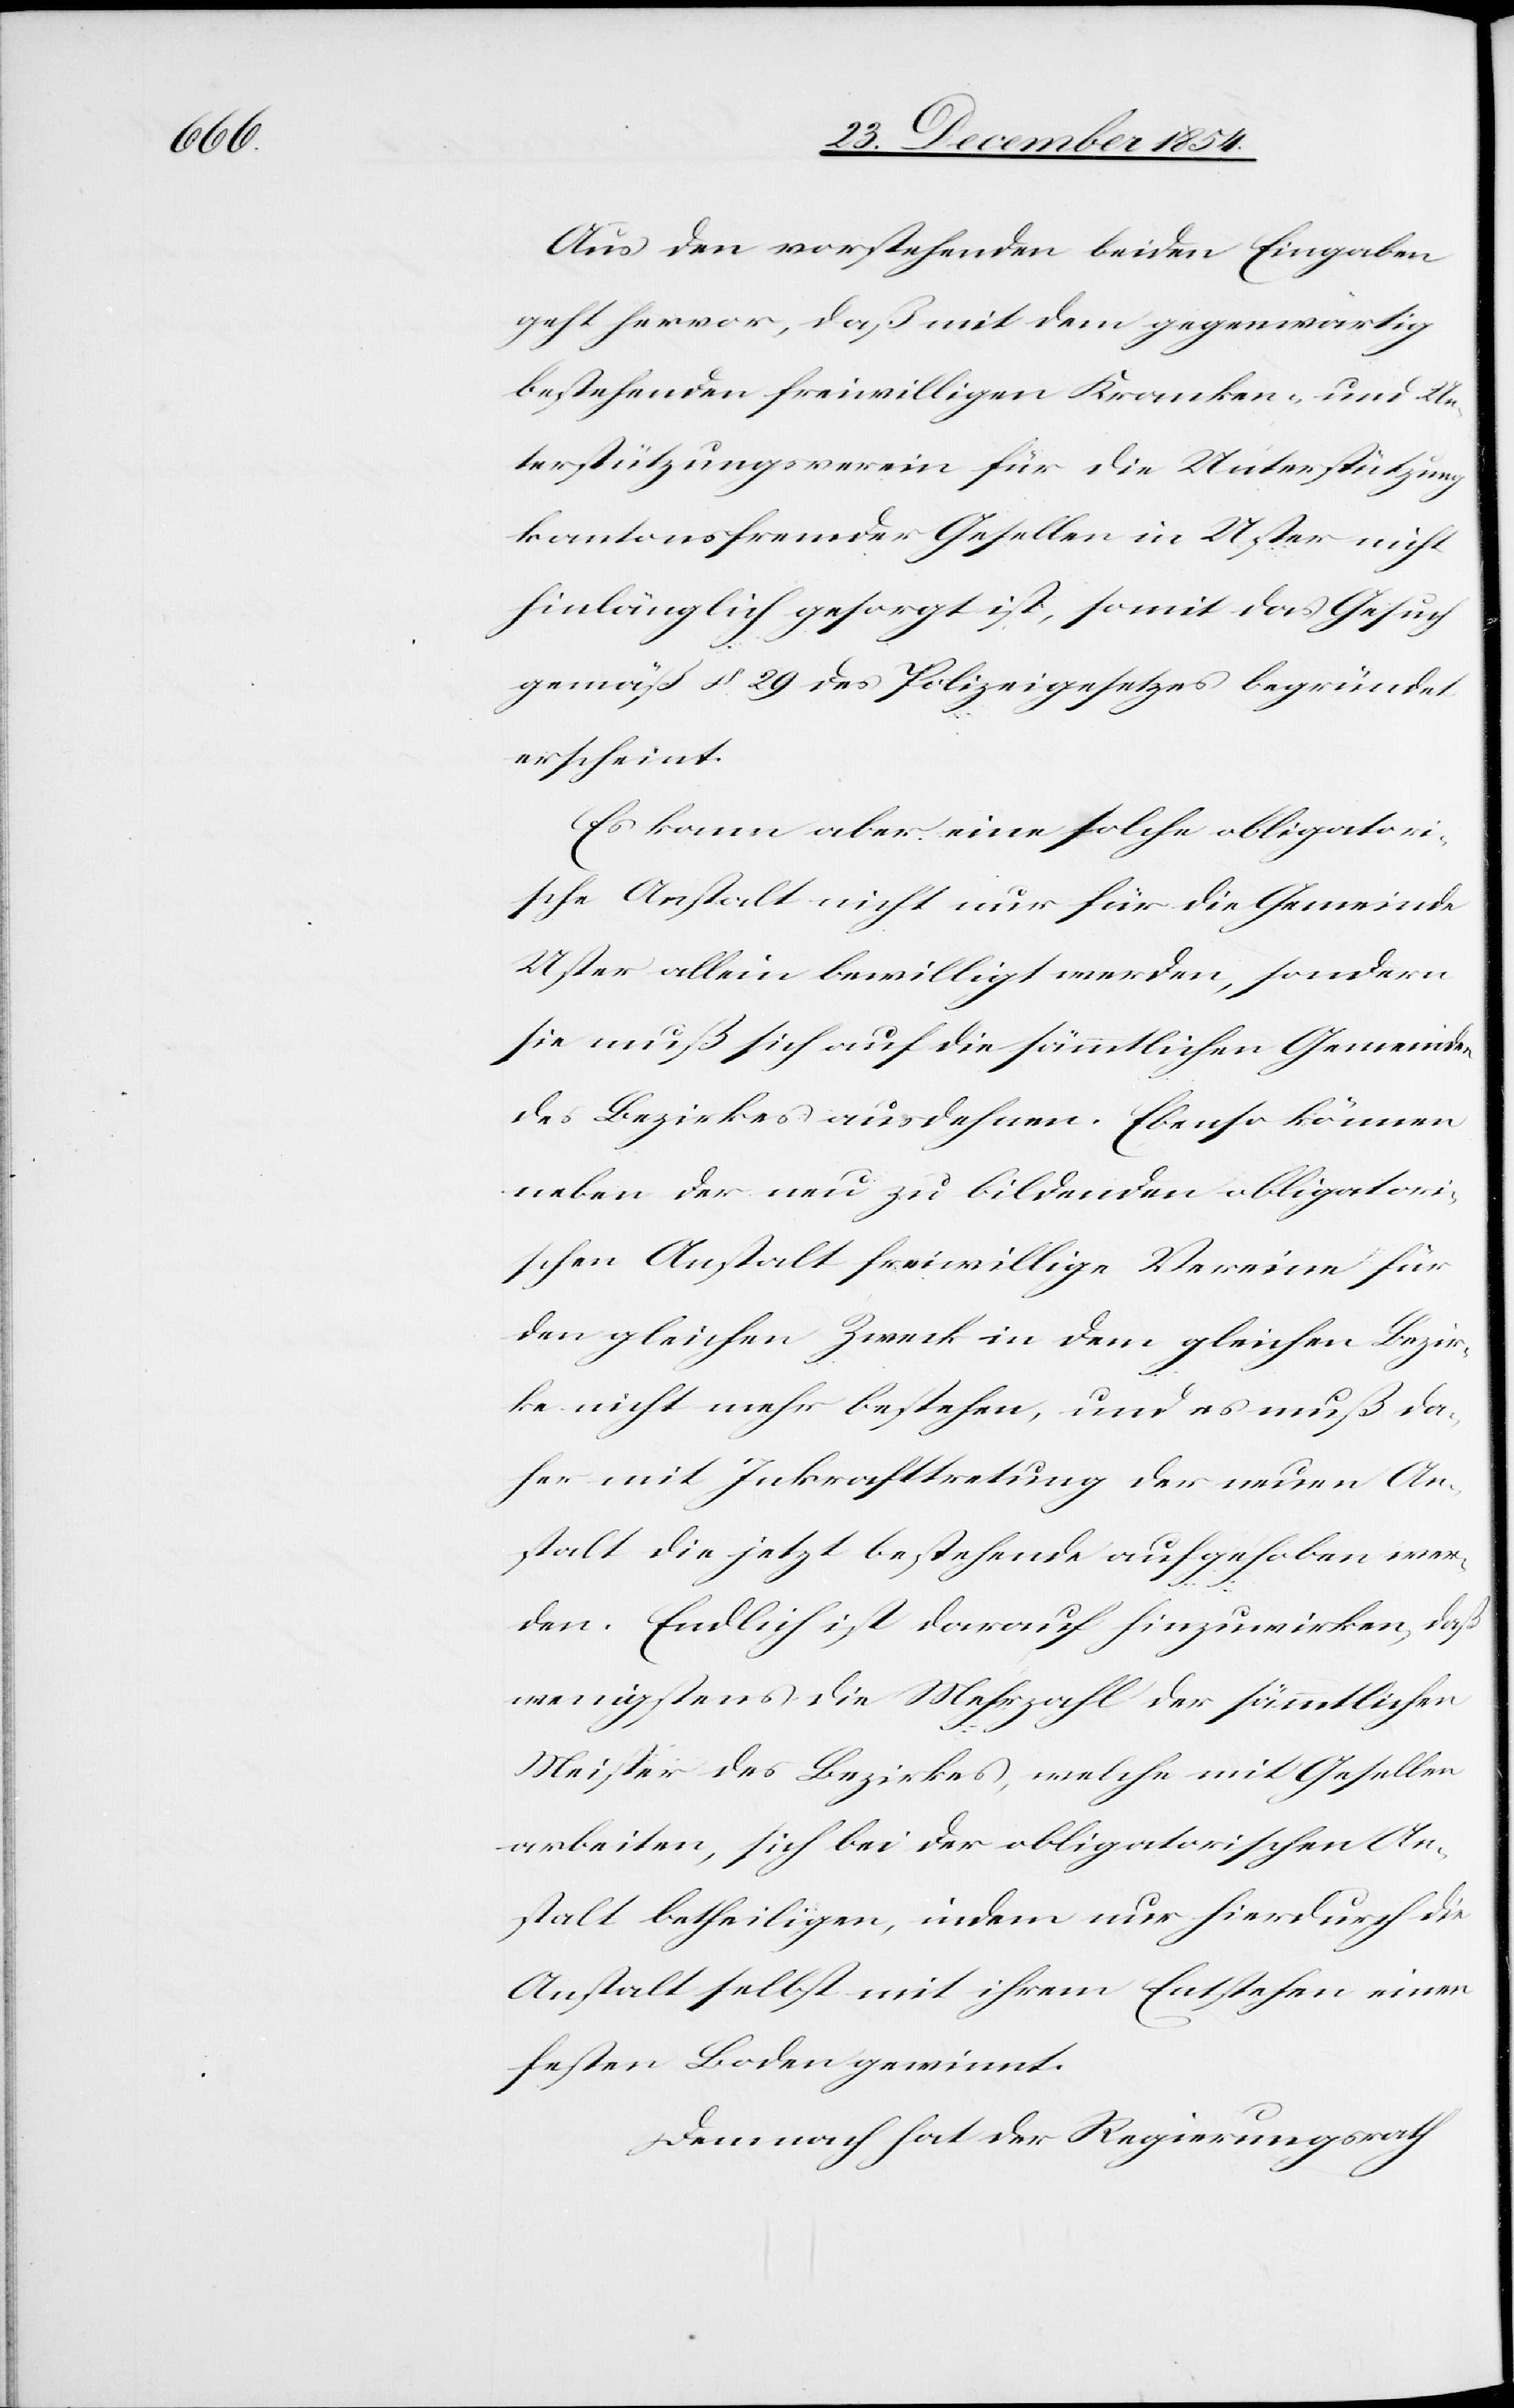
Aus den vorstehenden beiden Eingaben
geht hervor, daß mit dem gegenwärtig
bestehenden freiwilligen Kranken- und Un¬
terstützungsverein für die Unterstützung
kantonsfremder Gesellen in Uster nicht
hinlänglich gesorgt ist, somit das Gesuch
gemäß § 29 des Polizeigesetzes begründet
erscheint.
Es kann aber eine solche obligatori¬
sche Anstalt nicht nur für die Gemeinde
Uster allein bewilligt werde, sondern
sie muß sich auf die sämmtlichen Gemeinden
des Bezirkes ausdehnen. Ebenso können
neben der neu zu bildenden obligatori¬
schen Anstalt freiwillige Vereine für
den gleichen Zweck in dem gleichen Bezir¬
ke nicht mehr bestehen, und es muß da¬
her mit Inkrafttretung der neuen An¬
stalt die jetzt bestehende aufgehoben wer¬
de. Endlich ist darauf hinzuwirken, daß
wenigstens die Mehrzahl der sämmtlichen
Meister des Bezirkes, welche mit Gesellen
arbeiten, sich bei der obligatorischen An¬
stalt betheiligen, indem nur hierdurch die
Anstalt selbst mit ihrem Entstehen einen
festen Boden gewinnt.
Demnach hat der Regierungsrath